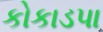
કોકાડપા